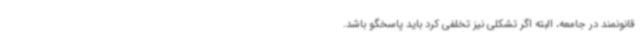
قانونمند در جامعه، البته اگر تشکلی نیز تخلفی کرد باید پاسخگو باشد.